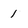
Character: 1